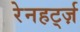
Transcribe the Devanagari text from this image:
रेनहर्ट्ज़